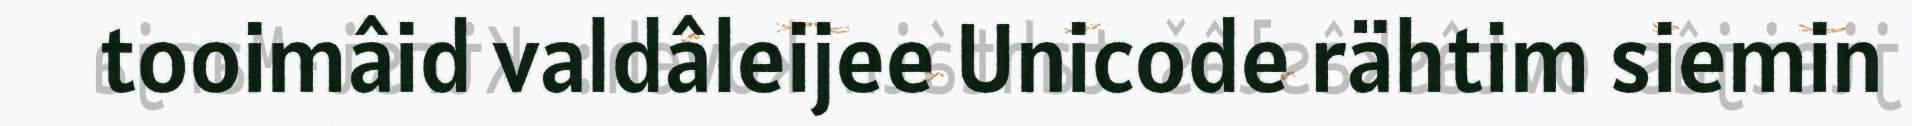
tooimâid valdâleijee Unicode rähtim siemin